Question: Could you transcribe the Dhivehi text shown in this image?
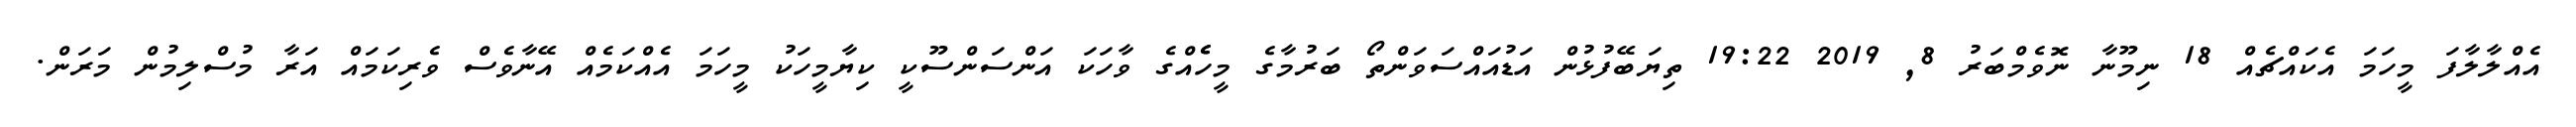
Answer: އެއްލާލާފަ މީހަމަ އެކައްޗެއް 18 ނިމޫނާ ނޮވެމްބަރު 8, 2019 19:22 ތިޔަބޭފުޅުން އަޑުއައްސަވަންތޯ ބަރުމާގެ މީހެެއްގެ ވާހަކަ އަންސަންސޫކީ ކިޔާމީހަކު މީހަމަ އެއްކަމެއް އޭނާވެސް ވެރިކަމައް އަރާ މުސްލިމުން މަރަން.